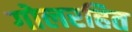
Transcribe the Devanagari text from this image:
गोलरहित